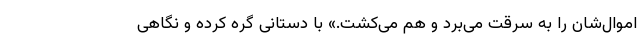
اموال‌شان را به سرقت می‌برد و هم می‌کشت.» با دستانی گره کرده و نگاهی